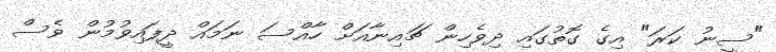
"ސީނު ކަރަ" އިގެ ގޮތުގައި ދިވެހިން ޗައިނާއަށް ހާއްސަ ނަމައް ދީފައިވުމުން ވެސް